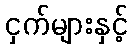
ငှက်များနှင့်